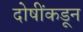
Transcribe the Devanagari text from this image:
दोषींकडून